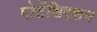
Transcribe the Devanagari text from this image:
पोटेंशिएशन